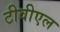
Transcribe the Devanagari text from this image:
टीवीएल